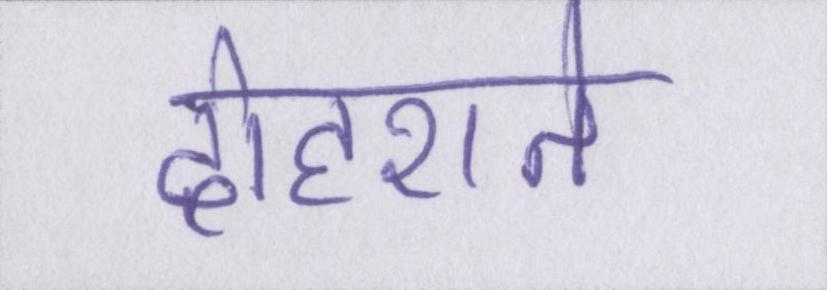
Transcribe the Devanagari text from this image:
दोहराते